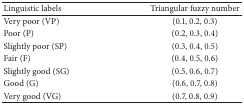
<table><thead><tr><td><b>Linguistic labels</b></td><td><b>Triangular fuzzy number</b></td></tr></thead><tbody><tr><td>Very poor (VP)</td><td>(0.1, 0.2, 0.3)</td></tr><tr><td>Poor (P)</td><td>(0.2, 0.3, 0.4)</td></tr><tr><td>Slightly poor (SP)</td><td>(0.3, 0.4, 0.5)</td></tr><tr><td>Fair (F)</td><td>(0.4, 0.5, 0.6)</td></tr><tr><td>Slightly good (SG)</td><td>(0.5, 0.6, 0.7)</td></tr><tr><td>Good (G)</td><td>(0.6, 0.7, 0.8)</td></tr><tr><td>Very good (VG)</td><td>(0.7, 0.8, 0.9)</td></tr></tbody></table>